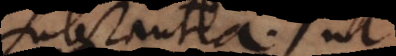
substantia, ut